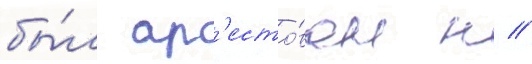
бы́л ар'есто́ван н //